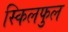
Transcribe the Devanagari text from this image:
स्किलफुल